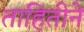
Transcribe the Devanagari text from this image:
ताहितीने